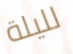
لليلة